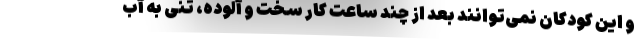
و این کودکان نمی‌توانند بعد از چند ساعت کار سخت و آلوده، تنی به آب